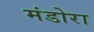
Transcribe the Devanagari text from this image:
मंडोरा